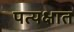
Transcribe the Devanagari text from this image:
पत्यक्षात